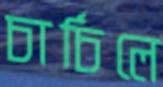
চার্চিলে